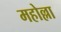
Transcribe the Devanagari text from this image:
महोल्ला